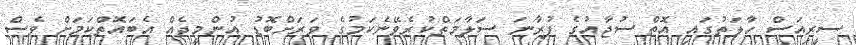
ސީރިއަސް ހާލަތުގައި އޮތް ސުޖާއުގެ ފުރާނަ ސަލާމަތްކުރެވޭނެކަމުގެ ވަރަށްބޮޑު އުންމީދެއް އެބައޮތްކަމަށް ވެސް